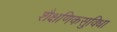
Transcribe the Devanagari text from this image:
शैक्षणिकसुविधा